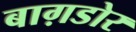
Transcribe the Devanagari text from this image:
बाग़डोर